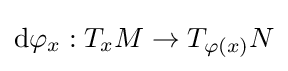
\mathrm {d} {\varphi }_{x}:T_{x}M\to T_{\varphi (x)}N